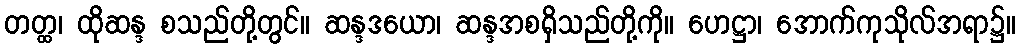
တတ္ထ၊ ထိုဆန္ဒ စသည်တို့တွင်။ ဆန္ဒဒယော၊ ဆန္ဒအစရှိသည်တို့ကို။ ဟေဋ္ဌာ၊ အောက်ကုသိုလ်အရာ၌။